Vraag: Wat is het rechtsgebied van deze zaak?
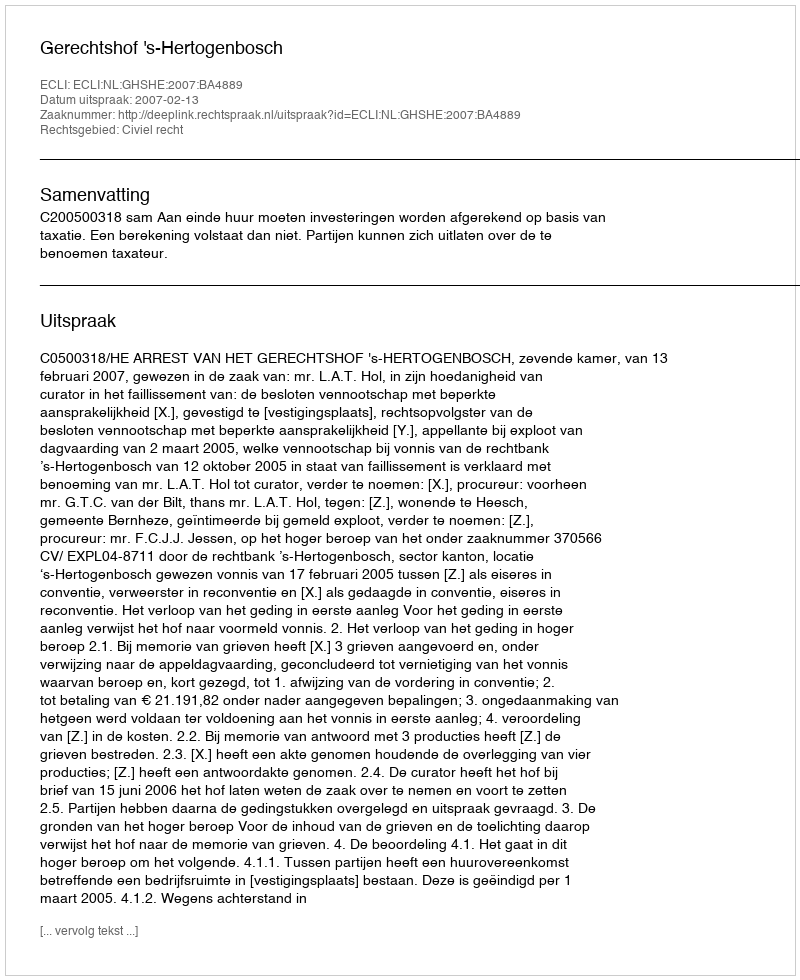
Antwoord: Civiel recht